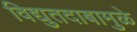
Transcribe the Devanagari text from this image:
विद्युतदाबामुळे